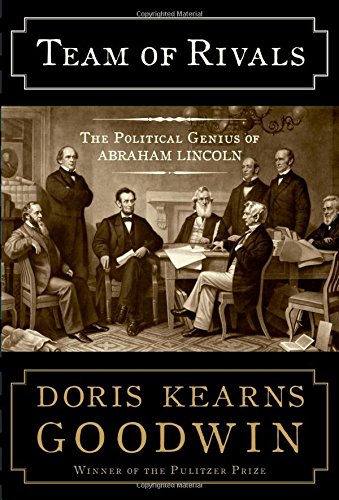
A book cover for Team of Rivals: The Political Genius of Abraham Lincoln; Doris Kearns Goodwin; Politics & Social Sciences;